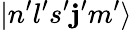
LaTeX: |n^{\prime}l^{\prime}s^{\prime}\mathbf{j}^{\prime}m^{\prime}\rangle